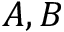
A , B